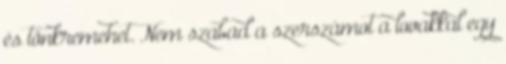
és tönkremehet. Nem szabad a szerszámot a lovakkal egy